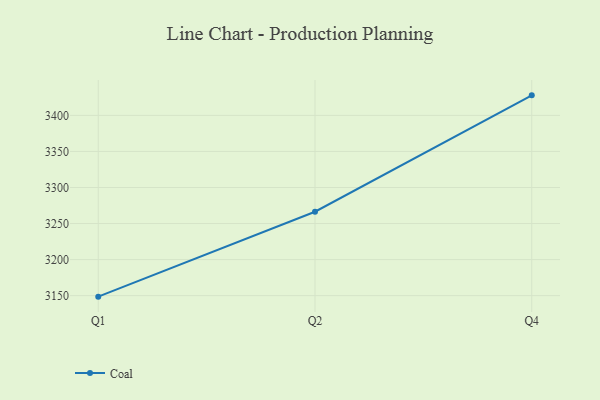
{"axis": {"x": "Quarter", "y": "Energy Usage (MWh)"}, "legend": ["Coal"], "data": [{"x": "Q1", "y": 3148.6, "type": "Coal"}, {"x": "Q2", "y": 3266.4, "type": "Coal"}, {"x": "Q4", "y": 3427.8, "type": "Coal"}]}